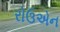
રોઉએન